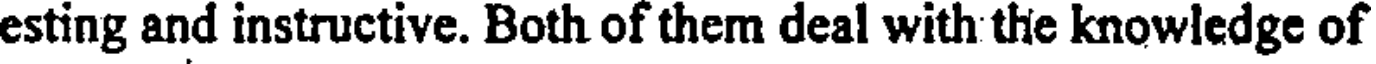
esting and instructive. Both of them deal with the knowledge of